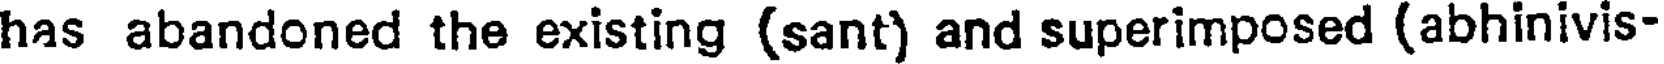
has abandoned the existing (sant) and superimposed (abhinivis-